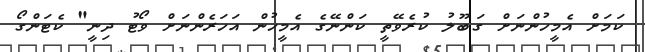
ކަމަށް އެމީހުންނަށް ގަބޫލު ކުރެވޭތީ ކަންނޭގެ އެމީހުން އަހަރެންނަށް ވޯޓު ދިނީ" ކެޓަންގޯ